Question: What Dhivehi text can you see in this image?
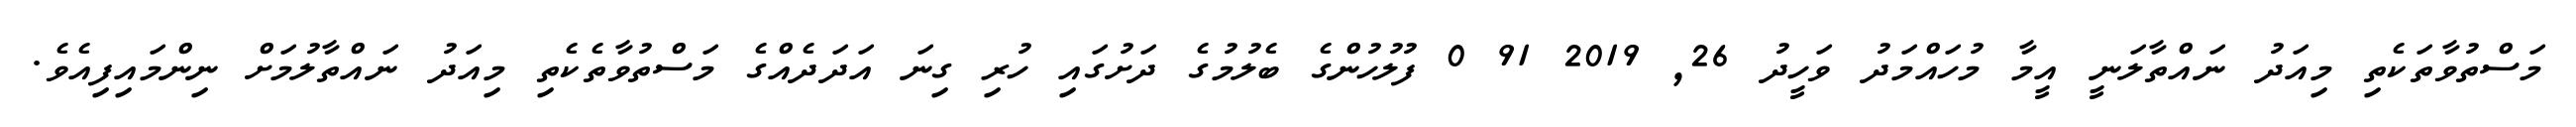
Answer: މަސްތުވާތަކެތި މިއަދު ނައްތާލަނީ އީމާ މުހައްމަދު ވަހީދު 26, 2019 91 0 ފުލުހުންގެ ބެލުމުގެ ދަށުގައި ހުރި ގިނަ އަދަދެއްގެ މަސްތުވާތެކެތި މިއަދު ނައްތާލުމަށް ނިންމައިފިއެވެ.